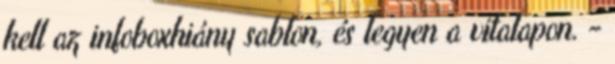
kell az infoboxhiány sablon, és legyen a vitalapon. -